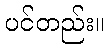
ပင်တည်း။